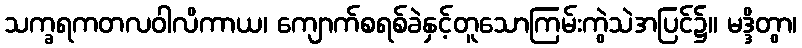
သက္ခရကတလဝါလိကာယ၊ ကျောက်စရစ်ခဲနှင့်တူသောကြမ်းကွဲသဲအပြင်၌။ မဒ္ဒိတွာ၊